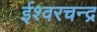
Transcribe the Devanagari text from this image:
ईश्वरचन्द्र